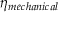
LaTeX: \eta _ { m e c h a n i c a l }